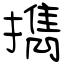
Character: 擕